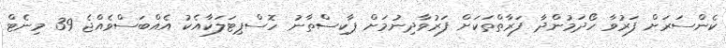
ކެންސަރަށް ފަރުވާ ހޯދަމުންދާ ފަރާތްތަކަށް ފަރުވާދިނުމަށް ޕާކިސްތާނު ހޮސްޕިޓަލަކާއެކު އެއްބަސްވެއްޖެ 39 މިނެޓް